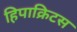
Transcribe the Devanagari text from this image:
हिपाक्रिटस